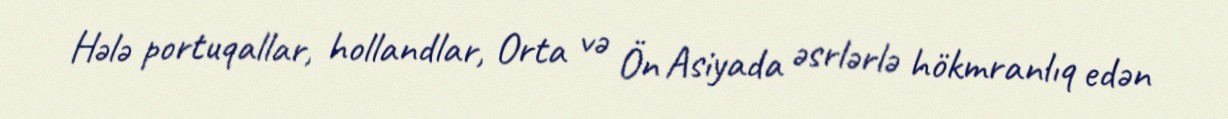
Hələ portuqallar, hollandlar, Orta və Ön Asiyada əsrlərlə hökmranlıq edən